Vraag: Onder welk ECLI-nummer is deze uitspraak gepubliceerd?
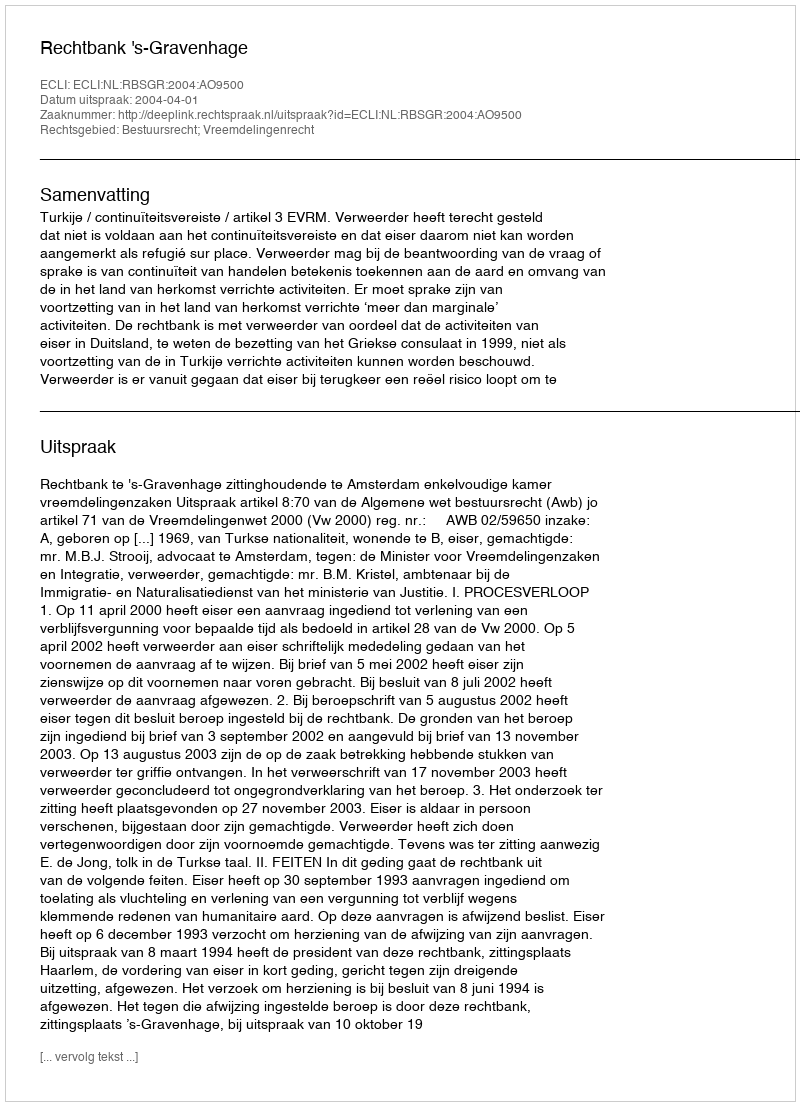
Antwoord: ECLI:NL:RBSGR:2004:AO9500